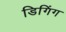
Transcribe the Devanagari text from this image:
डिगिंग